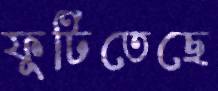
ফুটিতেছে